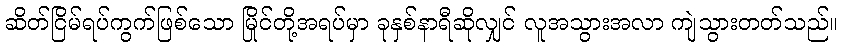
ဆိတ်ငြိမ်ရပ်ကွက်ဖြစ်သော မြိုင်တို့အရပ်မှာ ခုနှစ်နာရီဆိုလျှင် လူအသွားအလာ ကျဲသွားတတ်သည်။